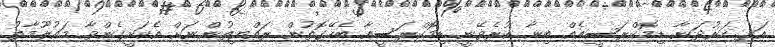
އަދި ހަރުދަނާ ޑިމޮކްރަސީއެއް ބިނާ ކުރެވޭނީ ޑިމޮކްރަސީއާ ބެހޭގޮތުން ރައްޔިތުންނަށް އެކަށީގެންވާ މައުލޫމާތު